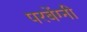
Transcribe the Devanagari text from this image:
परबेंग्नी